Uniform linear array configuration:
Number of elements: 4
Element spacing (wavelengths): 0.25
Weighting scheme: binomial
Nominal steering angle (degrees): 15
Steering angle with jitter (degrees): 16.994
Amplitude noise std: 0.05
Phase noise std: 0.05

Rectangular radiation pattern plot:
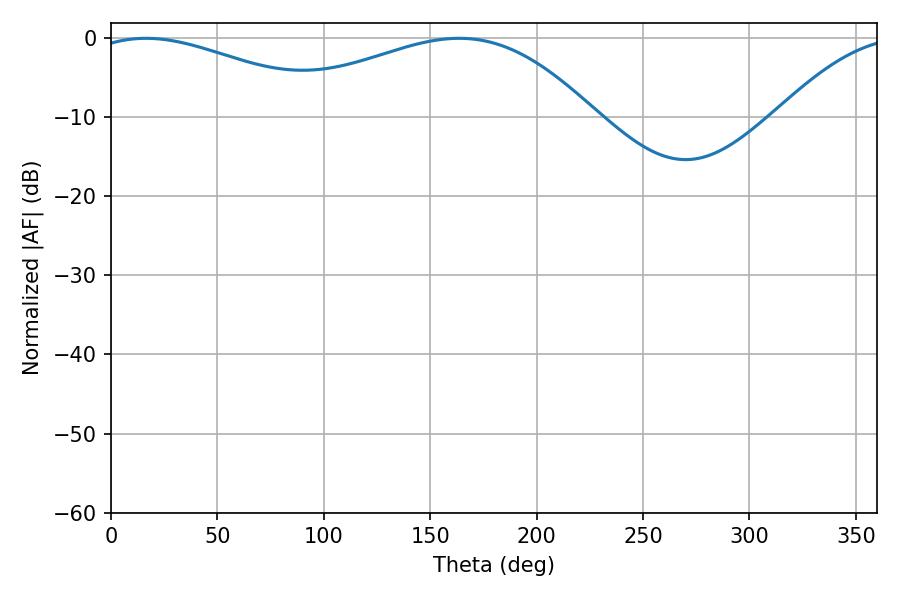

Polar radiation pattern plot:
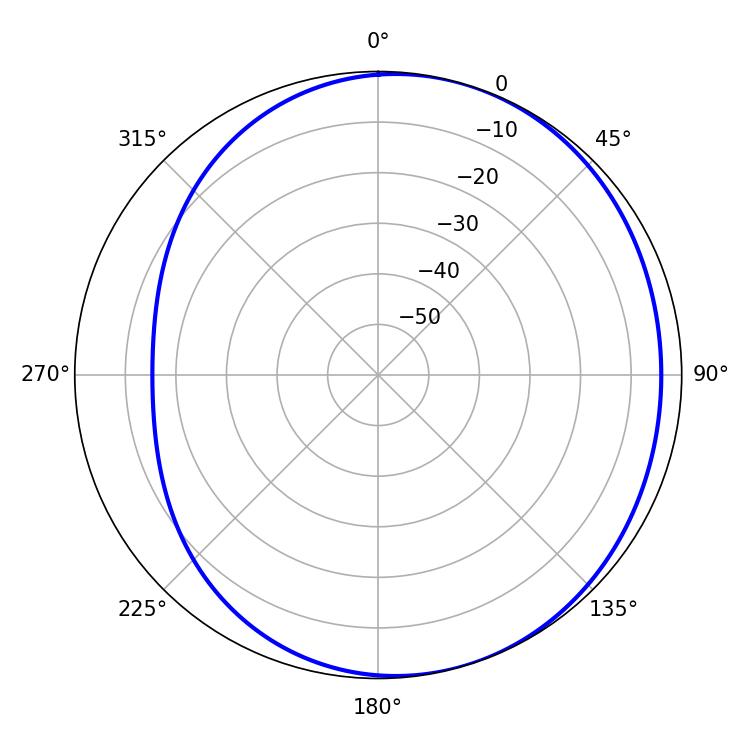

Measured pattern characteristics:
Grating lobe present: FALSE
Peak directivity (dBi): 3.274
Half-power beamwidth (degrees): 64.62
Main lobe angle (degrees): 16.38